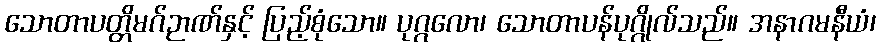
သောတာပတ္တိမဂ်ဉာဏ်နှင့် ပြည့်စုံသော။ ပုဂ္ဂလော၊ သောတာပန်ပုဂ္ဂိုလ်သည်။ အနာဂမနီယံ၊